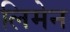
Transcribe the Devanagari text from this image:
लिमेन